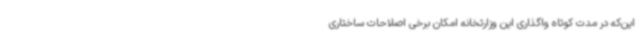
این‌که در مدت کوتاه واگذاری این وزارتخانه امکان برخی اصلاحات ساختاری